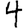
Digit: 4